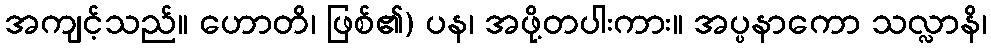
အကျင့်သည်။ ဟောတိ၊ ဖြစ်၏) ပန၊ အဖို့တပါးကား။ အပ္ပနာကော သလ္လာနိ၊